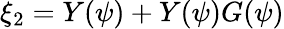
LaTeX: \xi_{2}=Y(\psi)+Y(\psi)G(\psi)